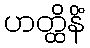
ဟတ္ထိနိံ